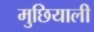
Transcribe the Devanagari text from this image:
मुछियाली